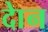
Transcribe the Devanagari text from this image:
दाेन